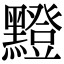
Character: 𪒘